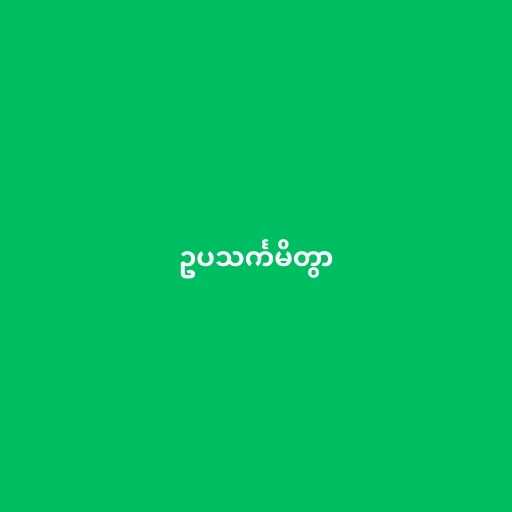
ဥပသင်္ကမိတွာ